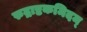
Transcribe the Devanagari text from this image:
रुद्राष्टकमिदम्